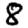
Digit: 8